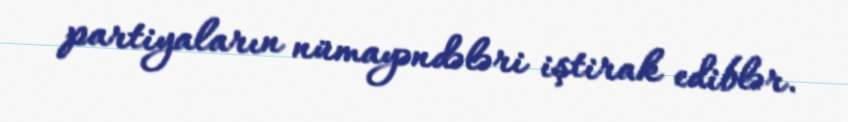
partiyaların nümayəndələri iştirak ediblər.